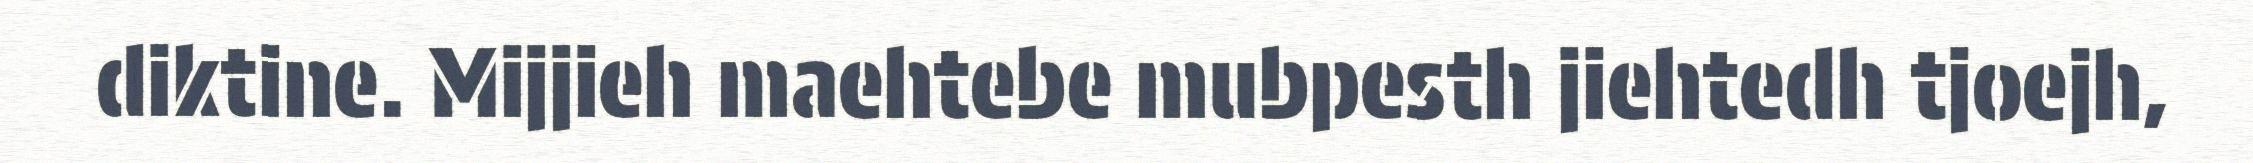
diktine. Mijjieh maehtebe mubpesth jiehtedh tjoejh,